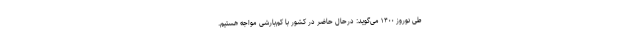
طی نوروز ۱۴۰۰ می‌گوید: درحال‌ حاضر در کشور با کم‌بارشی مواجه هستیم.